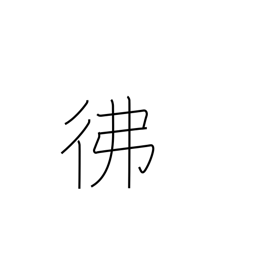
Meaning: dimly